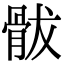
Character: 䯋